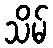
သိမ်